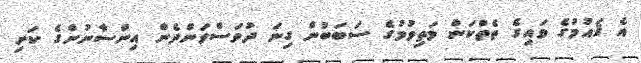
އެ ޤައުމުގެ ވައިގެ ތެތްކަން މަތިވުމުގެ ސަބަބުން ގިނަ ދުވަސްވަންދެން އިންސާނުންގެ ކަށި